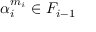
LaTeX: \alpha _ { i } ^ { m _ { i } } \in F _ { i - 1 }